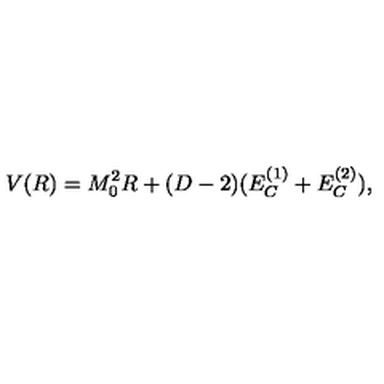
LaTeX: V ( R ) = M _ { 0 } ^ { 2 } R + ( D - 2 ) ( E _ { C } ^ { ( 1 ) } + E _ { C } ^ { ( 2 ) } ) ,